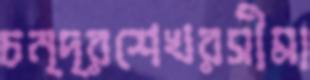
চন্দ্রশেখরসীমা